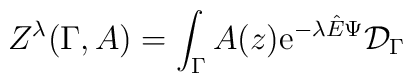
Z^{\lambda}(\Gamma, A)=\int_{\Gamma}A(z){\rm e}^{-\lambda{\hat E}\Psi} {\cal D}_{\Gamma}